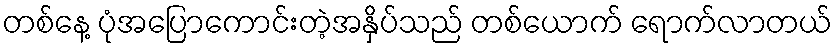
တစ်နေ့ ပုံအပြောကောင်းတဲ့အနှိပ်သည် တစ်ယောက် ရောက်လာတယ်